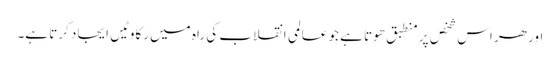
اور ھر اس شخص پر منطبق ھوتا ہے جو عالمی انقلاب کی راہ میں رکاوٹیں ایجاد کرتا ہے۔